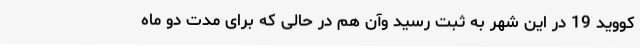
کووید 19 در این شهر به ثبت رسید وآن هم در حالی که برای مدت دو ماه